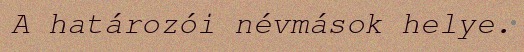
A határozói névmások helye.